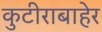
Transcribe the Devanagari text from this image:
कुटीराबाहेर